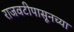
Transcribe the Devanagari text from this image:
राजवटीपासूनच्या